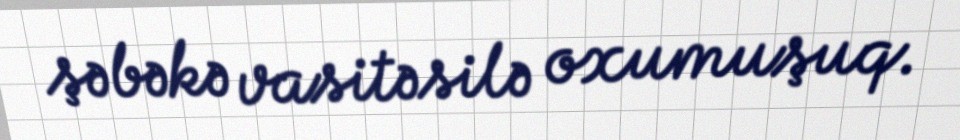
şəbəkə vasitəsilə oxumuşuq.